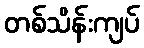
တစ်သိန်းကျပ်